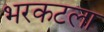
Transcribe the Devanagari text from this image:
भरकटला